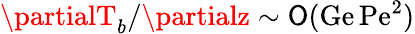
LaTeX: \partialT_{b}/\partialz\sim{\cal\mathsf{O}}(\mathrm{{Ge}}\, \mathrm{{Pe}}^{2})